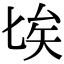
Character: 𠤘